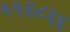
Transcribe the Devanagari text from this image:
५५६८६६